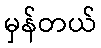
မှန်တယ်